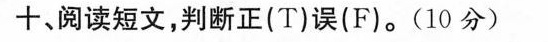
十、阅读短文，判断正(T)误(F)。(10分)